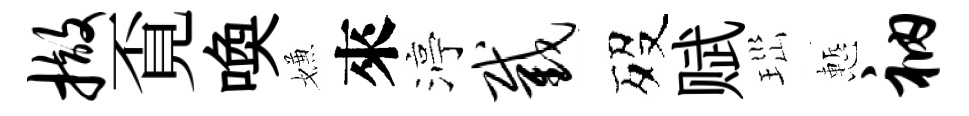
撤覔喚嫌來渟截歿赋𤤼慙衲